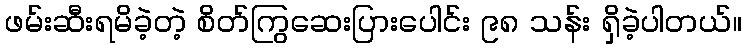
ဖမ်းဆီးရမိခဲ့တဲ့ စိတ်ကြွဆေးပြားပေါင်း ၉၈ သန်း ရှိခဲ့ပါတယ်။